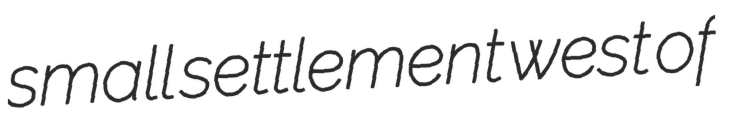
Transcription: small settlement west of